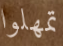
تمهلوا